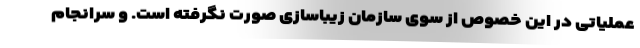
عملیاتی در این خصوص از سوی سازمان زیباسازی صورت نگرفته است. و سرانجام